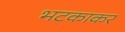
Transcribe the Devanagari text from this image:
भटकाकर